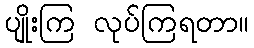
ပျိုးကြ လုပ်ကြရတာ။